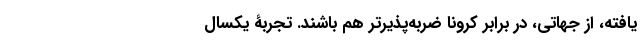
یافته، از جهاتی، در برابر کرونا ضربه‌پذیرتر هم باشند. تجربۀ یکسال